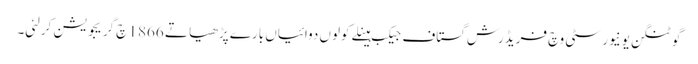
گوٹنگن یونیورسٹی وچ فریڈرش گستاف جیکب ہینلے کولوں دوائیاں بارے پڑھیا تے 1866 چ گریجویشن کرلئی۔